system: You are a helpful assistant.
user:
Analyze the provided spectrum to determine if it is a **"Cataclysmic Variables (CV)"**.

- **Key Indicators for CV (Check for either state):**
    - **State 1: Quiescent / Low-State (Emission-Dominated)**
        - **(Primary):** Strong and *very broad* Hydrogen Balmer emission lines (e.g., $H\alpha$ at 6563 Å, $H\beta$ at 4861 Å). The 'broadness' (high velocity dispersion, often FWHM > 1000 km/s) is the key diagnostic, indicating a high-velocity accretion disk.
        - **(Secondary):** Broad neutral Helium (He I) emission lines (e.g., 5876 Å, 6678 Å).
        - **(Key Confirmation):** Presence of high-excitation *ionized* Helium (He II) emission at 4686 Å. This is a strong indicator of accretion onto a white dwarf.
        - **(Line Profile):** Emission lines may exhibit a 'double-peaked' profile, which is a classic signature of a rotating accretion disk viewed at high inclination.

    - **State 2: Outburst / High-State (Absorption-Dominated)**
        - **(Primary):** Spectrum is dominated by a bright, blue continuum (looks like a hot star).
        - **(Secondary):** The emission lines from State 1 are weak, absent, or 'filled in', and are replaced by broad, shallow *absorption* lines (primarily Balmer and He I).
        - **(Morphology):** The overall spectrum mimics a hot B/A-type star. The crucial difference is that the absorption lines are significantly broader, shallower, and more 'washed-out' (or 'smeared') than the sharp lines of a normal stellar photosphere, due to high rotational speeds and pressure broadening in the disk.

Think first, call **spectral_visualization_tool** if needed to examine features in detail, then provide your final answer. Your response must adhere to the following strict rules:
1.  **Overall Structure:** Your response must follow the format `<think>...</think> <tool_call>...</tool_call> (if a tool is used) <answer>...</answer>`.
2.  **Tool Usage Constraint:** You may only make **one** tool call per turn.
3.  **Final Answer Format:** In the `<answer>` tag, your conclusion must be inside a `\boxed{}` command (e.g., `\boxed{YES}`), followed by your justification.

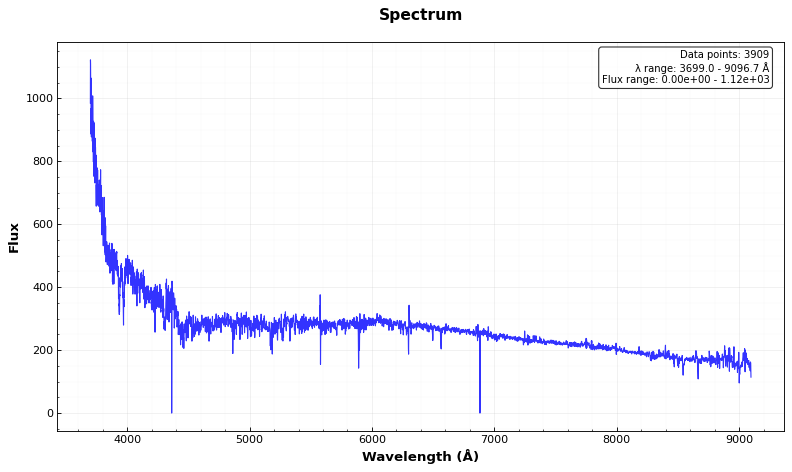
Answer: NO